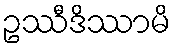
ဥဿီဒိဿာမိ